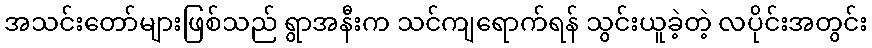
အသင်းတော်များဖြစ်သည် ရွာအနီးက သင်ကျရောက်ရန် သွင်းယူခဲ့တဲ့ လပိုင်းအတွင်း